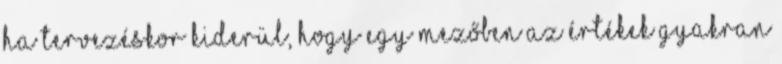
Ha tervezéskor kiderül, hogy egy mezőben az értékek gyakran